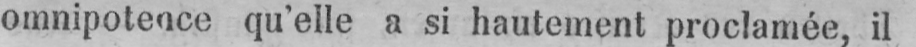
omnipotence qu’elle a si hautement proclamée, il